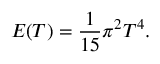
E ( T ) = \frac { 1 } { 1 5 } \pi ^ { 2 } T ^ { 4 } .